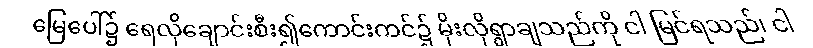
မြေပေါ်၌ ရေလိုချောင်းစီး၍ကောင်းကင်၌ မိုးလိုရွာချသည်ကို ငါ မြင်ရသည်၊ ငါ